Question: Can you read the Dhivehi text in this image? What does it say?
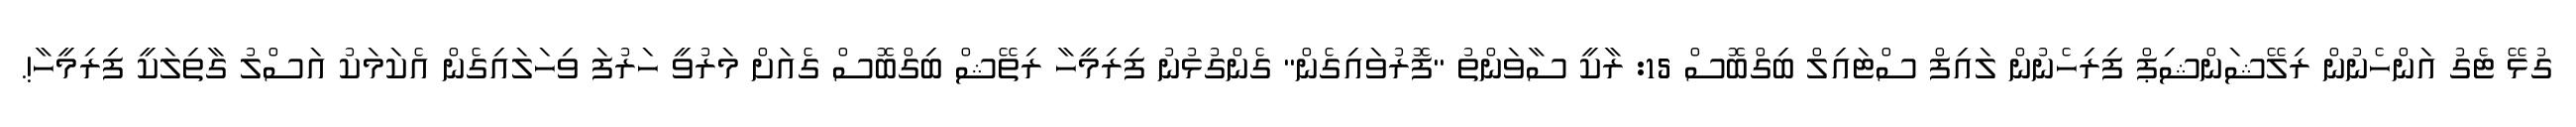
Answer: ގުޅޭ ޓެގު އަންހެނުން ރިލޭޝަންޝިޕް ފިރިހެނުން ލައިފް ސްޓައިލް ބިގްބޮސް 15: ރާކީ ސާވަންތު "ފޮރުވައިގެން'' ގެންގުޅުނު ފިރިމީހާ ރިތޭޝް ބިގްބޮސް ގެއަށް މަރުވީ ހަރުފަ ވިހަލައިގެން އެކަމަކު އަސްލު ގާތިލަކީ ފިރިމީހާ!.